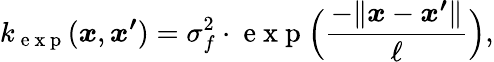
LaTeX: k_{\mathrm{~e~x~p~}}(\boldsymbol{x},\boldsymbol{x^{\prime}})=\sigma_{f}^{2}\cdot\mathrm{~e~x~p~}\Big(\frac{-\lVert\boldsymbol{x}-\boldsymbol{x^{\prime}}\rVert}{\ell}\Big),